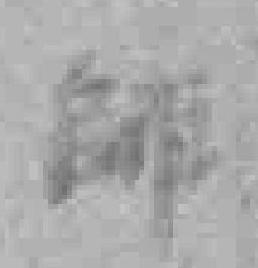
師